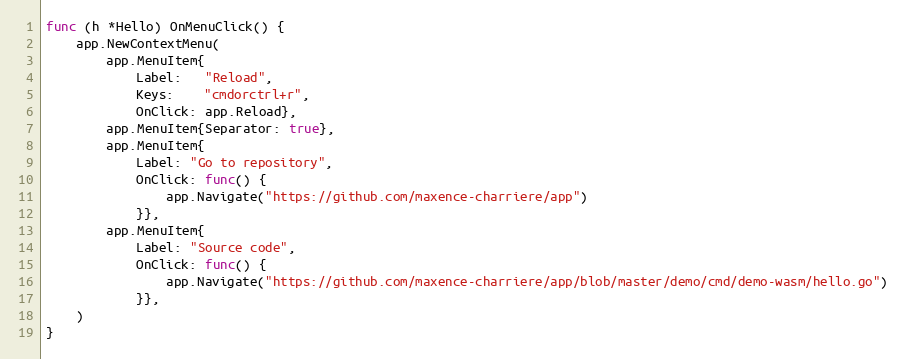
Language: Go
func (h *Hello) OnMenuClick() {
	app.NewContextMenu(
		app.MenuItem{
			Label:   "Reload",
			Keys:    "cmdorctrl+r",
			OnClick: app.Reload},
		app.MenuItem{Separator: true},
		app.MenuItem{
			Label: "Go to repository",
			OnClick: func() {
				app.Navigate("https://github.com/maxence-charriere/app")
			}},
		app.MenuItem{
			Label: "Source code",
			OnClick: func() {
				app.Navigate("https://github.com/maxence-charriere/app/blob/master/demo/cmd/demo-wasm/hello.go")
			}},
	)
}